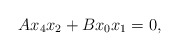
\begin{align*}Ax_4x_2+Bx_0x_1=0,\end{align*}